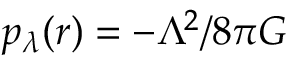
p _ { \lambda } ( r ) = - \Lambda ^ { 2 } / 8 \pi G